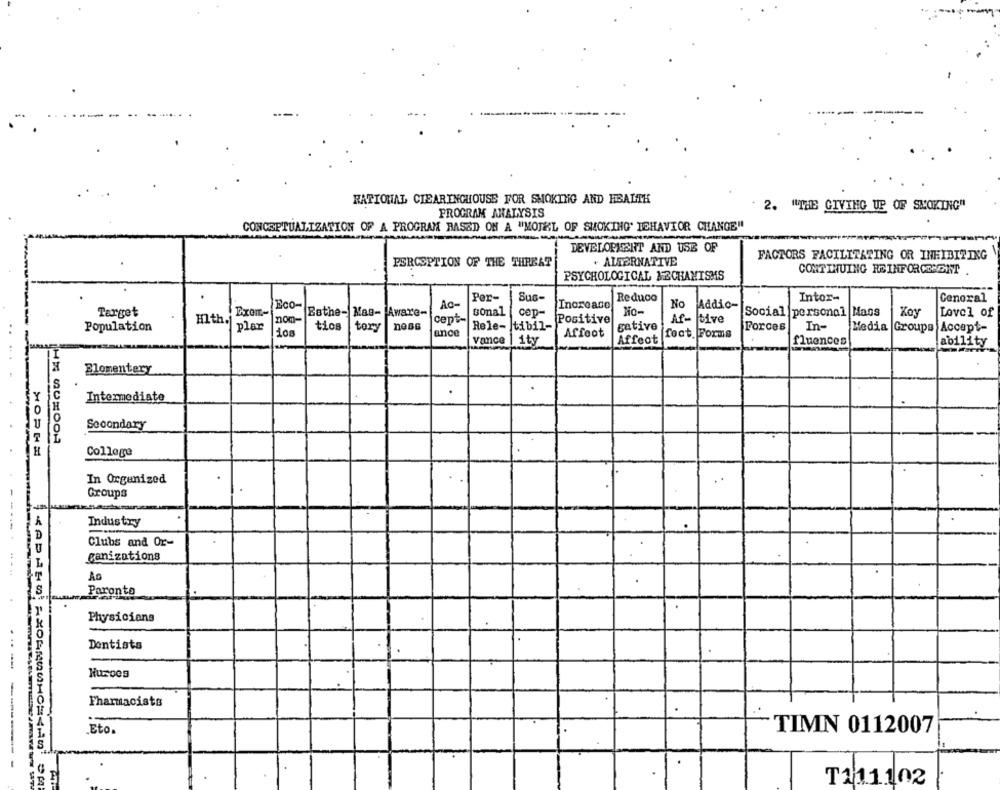
RATIONAL CLEARINGHOUSE FOR SMOKING AND HEALTH
PROGRAM ANALYSIS
2. "THE GIVING UP OF SMOKING"
CONCEPTUALIZATION OF A PROGRAM BASED ON A "MOTHL OF SMOKING' TEHAVIOR CHANGE"
DEVELOPMENT AND USE OF
. ALTERNATIVE
FACTORS FACILITATING OR INHIBITING
PERCEPTION OF THE THREAT
CONTINUING REINFORCEMENT
PSYCHOLOGICAL MECHANISMS
Per-
Suc-
Reduce
Intor-
General
Eco-
Ac-
Increase
No
Addio-
Target
Bathe- Mag- Aware-
sonal
cep-
No-
Social personal Maos
Koy
Lovel of
Hlth.
nom-
cept
Positive
gative
Af- tive
Population
plar
ios
tios
tory
ance
Rele- tibil-
fect. Forms
Forces
In-
Media |Groups Accept-
vance
ity
Affeot
Affeot
fluences
ability
Zlomentery
Intermediate
Secondary
College
In Organized
Groups
Industry
Clubs and Or-
ganizations
Ac
Paronto
Physicians
Dontista
---
Hurces
Pharmacists
----
.Eto.
TIMN 0112007
T111102